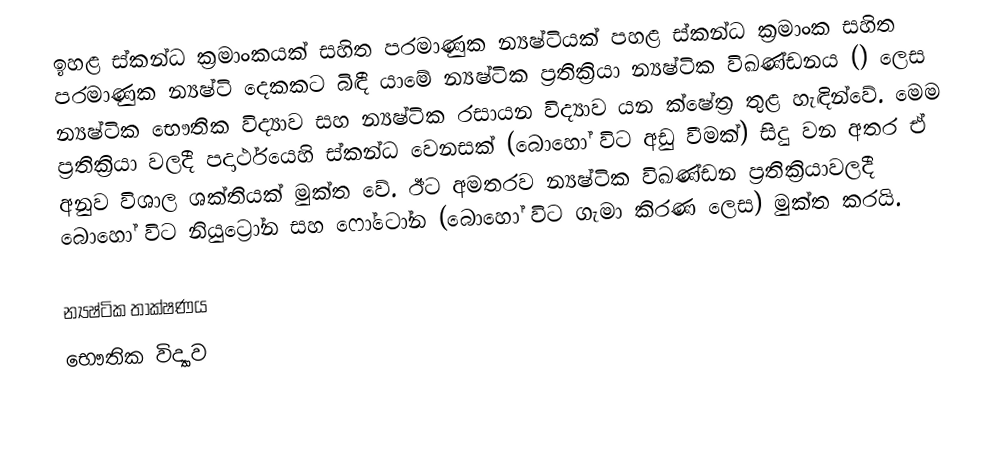
ඉහළ ස්කන්ධ ක්‍රමාංකයක් සහිත පරමාණුක න්‍යෂ්ටියක් පහළ ස්කන්ධ ක්‍රමාංක සහිත පරමාණුක න්‍යෂ්ටි දෙකකට බිඳී යාමේ න්‍යෂ්ටික ප්‍රතික්‍රියා න්‍යෂ්ටික විඛණ්ඩනය () ලෙස න්‍යෂ්ටික භෞතික විද්‍යාව සහ න්‍යෂ්ටික රසායන විද්‍යාව යන ක්ෂේත්‍ර තුළ හැඳින්වේ. මෙම ප්‍රතික්‍රියා වලදී පදාර්ථයෙහි ස්කන්ධ වෙනසක් (බොහෝ විට අඩු වීමක්) සිදු වන අතර ඒ අනුව විශාල ශක්තියක් මුක්ත වේ. ඊට අමතරව න්‍යෂ්ටික විඛණ්ඩන ප්‍රතික්‍රියාවලදී බොහෝ විට නියුට්‍රෝන සහ ෆෝටෝන (බොහෝ විට ගැමා කිරණ ලෙස) මුක්ත කරයි.

න්‍යෂ්ටික තාක්ෂණය
භෞතික විද්‍යාව